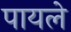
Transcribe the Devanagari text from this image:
पायले